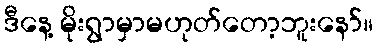
ဒီနေ့ မိုးရွာမှာမဟုတ်တော့ဘူးနော်။